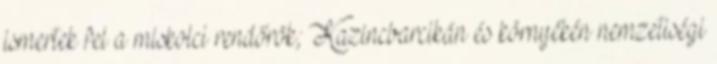
ismertek fel a miskolci rendőrök; Kazincbarcikán és környékén nemzetiségi